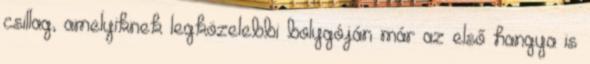
csillag, amelyiknek legközelebbi bolygóján már az első hangya is